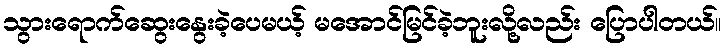
သွားရောက်ဆွေးနွေးခဲ့ပေမယ့် မအောင်မြင်ခဲ့ဘူးလို့လည်း ပြောပါတယ်။